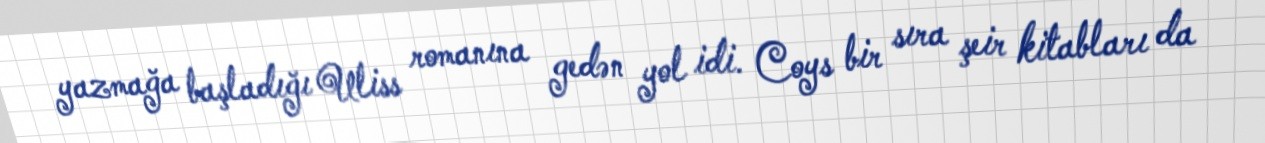
yazmağa başladığı Uliss romanına gedən yol idi. Coys bir sıra şeir kitabları da